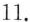
11.